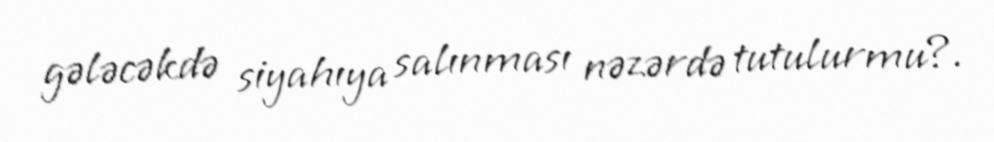
gələcəkdə siyahıya salınması nəzərdə tutulurmu?.